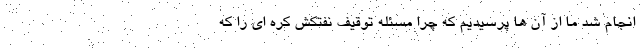
انجام شد ما از آن ها پرسیدیم که چرا مسئله توقیف نفتکش کره ای را که